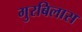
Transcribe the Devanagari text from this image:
गुरबिलास